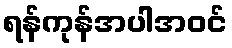
ရန်ကုန်အပါအဝင်